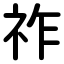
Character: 祚